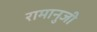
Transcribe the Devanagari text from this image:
रामानुजी